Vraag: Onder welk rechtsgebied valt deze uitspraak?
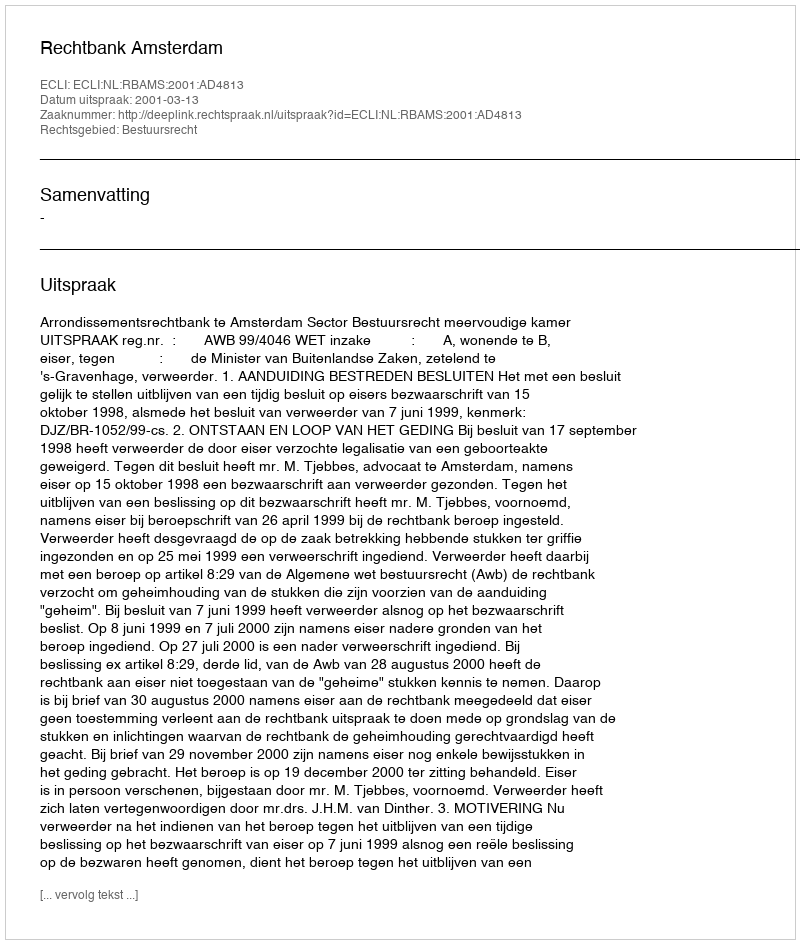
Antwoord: Bestuursrecht